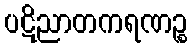
ပဋိညာတကရဏဉ္စ